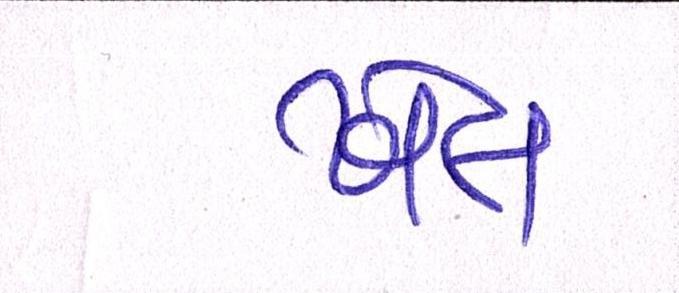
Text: ખેલ